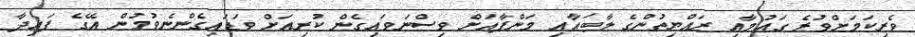
ވެރިކަމަށްވުރެ ގައުމާއި ރައްޔިތުންގެ ލާބައާއި މަންފާއަށް ވިސްނަވައިގެން ކުރިއަށް ވަޑައިގެންނެވުމުން އޭގެ ފައިދާ